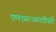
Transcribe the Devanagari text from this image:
एमएसाआरडीसी